Calcutta medical institutions reports 1892-1900
Year: 1892
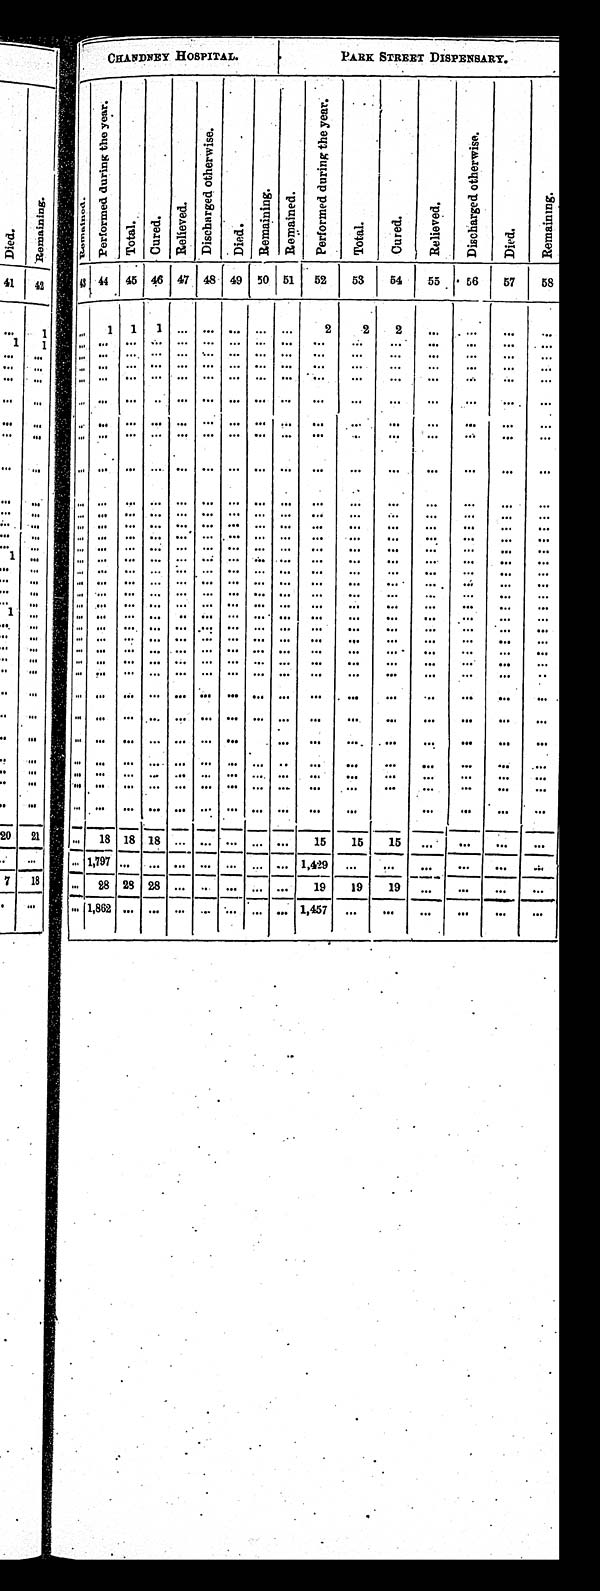
CHANDNEY HOSPITAL.
P A R K S T R E E T D I S P E N S A R Y .
R e m a i n e d .
P e r f o r m e d d u r i n g t h e y e a r .
T o t a l .
Cured.
Relieved.
D i s c h a r g e d o t h e r w i s e .
Di e d .
Remaining.
Re ma i n e d .
P e r f o r m e d d u r i n g t h e y e a r .
T o t a l .
C u r e d .
R e l i e v e d .
D i s c h a r g e d o t h e r w i s e .
Di ed.
R e m a i n i n g .
43 44 45 46 47 48 49
50 51
5 2 53
5 4
55
56
57
58
. . .
1
1
1
. . .. . .
. . .. . .
. . .
2
2
2
. . .
. . .
. . . . . .
. . .. . . . . . . . . . . . . . . . . . . . . . . .
. . . . . .
. . .
. . .
. . .
. . .
. . .
. . . . . .. . . . . . . . . . . . . . . . . . . . .
. . .
. . .
. . .
. . .
. . .
. . .
. . .
. . . . . . . . . . . . . . . . . . . . . . . . . . .
. . . . . .
. . . . . .
. . .
. . .
. . .
. . . . . . . . . . . . . . . . . . . . . . . . . . .
. . . . . .
. . . . . .
. . .
. . .
. . .
. . . . . . . . . . . . . . . . . . . . . . . . . . .
. . .
. . .
. . .
. . .
. . .
. . .
. . .
. . . . . . . . . . . . . . . . . . . . . . . . . . .
. . . . . .
. . . . . .
. . .
. . .
. . .
. . .
. . .
. . . . . . . . . . . . . . . . . .
. . .
. . . . . .
. . .
. . .
. . .
. . .
. . .
. . .
. . .
. . .
. . .
. . .. . .
. . .
. . .
. . . . . .
. . .
. . .
. . .
. . .
. . . . . .
. . .
. . .
. . .
. . .
. . . . . .
. . .
. . .
. . .
. . .
. . .
. . .
. . .
. . .
. . .
. . .
. . . . . .
. . .
. . .
. . .. . .
. . .
. . .
. . . . . .
. . .
. . .
. . .
. . .
. . . . . .
. . . . . .
. . .
. . .
. . .. . .
. . .
. . .
. . . . . .
. . .
. . .
. . .
. . .
. . . . . .
. . . . . .
. . .
. . .
. . .. . .
. . .
. . .
. . . . . .
. . .
. . .
. . .
. . .
. . . . . .
. . . . . .
. . .
. . .
. . .. . .
. . .
. . .
. . . . . .
. . .
. . .
. . .
. . .
. . . . . .
. . . . . .
. . .
. . .
. . .. . .
. . .
. . .
. . . . . .
. . .
. . .
. . .
. . .
. . . . . .
. . .
. . .
. . .
. . .
. . . . . .
. . .
. . .
. . .
. . .
. . .
. . .
. . .
. . .
. . .
. . .
. . . . . .
. . .
. . .
. . .. . .
. . .
. . .
. . . . . .
. . .
. . .
. . .
. . .
. . . . . .
. . .
. . .
. . .
. . .
. . . . . .
. . .
. . .
. . .
. . .
. . .
. . .
. . .
. . .
. . .
. . .
. . .. . .
. . .
. . .
. . .. . .
. . .
. . .
. . . . . .
. . .
. . .
. . .
. . .
. . . . . .
. . .. . .
. . .
. . .. . . . . .
. . .
. . .
. . . . . .
. . .
. . .
. . .
. . .
. . . . . .
. . .. . .
. . .
. . .
. . .. . .
. . .
. . .
. . . . . .
. . .
. . .
. . .
. . .
. . . . . .
. . .. . .
. . .
. . .
. . .. . .
. . .
. . .
. . . . . .
. . .
. . .
. . .
. . .
. . . . . .
. . .. . .
. . .
. . .
. . .. . .
. . .
. . .
. . . . . .
. . .
. . .
. . .
. . .
. . . . . .
. . .. . .
. . .
. . .
. . .. . .
. . .
. . .
. . . . . .
. . .
. . .
. . .
. . .
. . . . . .
. . .. . .
. . .
. . .
. . .. . .
. . .
. . . . . .
. . .
. . .
. . .
. . .
. . .
. . .
. . .
. . .. . .
. . .
. . .
. . .. . .
. . .
. . . . . .
. . .
. . .
. . .
. . .
. . .
. . . . . .
. . .. . .
. . .
. . .
. . .. . .
. . .
. . . . . .
. . .
. . .
. . .
. . .
. . .
. . . . . .
. . .. . .
. . .
. . .
. . .. . .
. . .
. . . . . .
. . .
. . .
. . .
. . .
. . .
. . . . . .
. . .
. . .
. . .. . .
. . .. . .
. . .
. . . . . .
. . .
. . .
. . .
. . .
. . .
. . . . . .
. . .
. . .
. . .
. . .
. . .. . .
. . .
. . . . . .
. . .
. . .
. . .
. . .
. . .
. . . . . .
. . .
. . .
. . .
. . .
. . .. . .
. . .
. . . . . .
. . .
. . .
. . .
. . .
. . .
. . . . . .
. . .
. . .
. . .
. . .
. . .. . .
. . .
. . . . . .
. . .
. . .
. . .
. . .
. . .
. . .
. . .
. . .
1 8
1 8
1 8
. . . . . .
. . .
. . .
. . .
1 5
1 5
1 5
. . .
. . .
. . .
. . .
. . .
1 , 7 9 7
. . .
. . .
. . . . . .
. . .
. . .
. . .
1 , 4 2 9
. . .
. . .
. . .
. . .
. . .
. . .
. . .
2 8
2 8
2 8
. . . . . .
. . .
. . .
. . .
1 9
1 9
1 9
. . .
. . .
. . .
. . .
. . .
1 , 8 6 2
. . .
. . .
. . .. . .
. . .
. . .
. . .
1 , 4 5 7
. . .. . .
. . .
. . .
. . .. . .